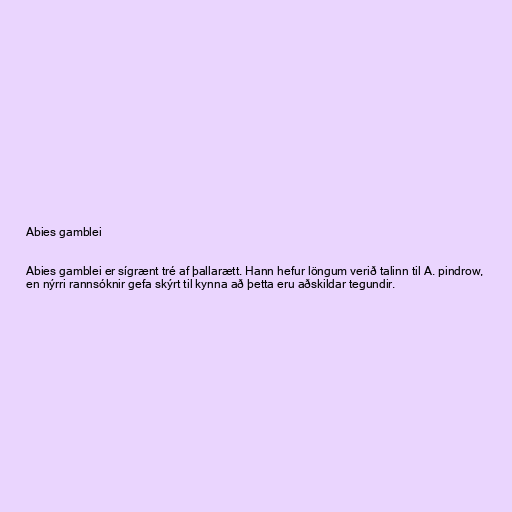
Abies gamblei

Abies gamblei er sígrænt tré af þallarætt. Hann hefur löngum verið talinn til A. pindrow,
en nýrri rannsóknir gefa skýrt til kynna að þetta eru aðskildar tegundir.